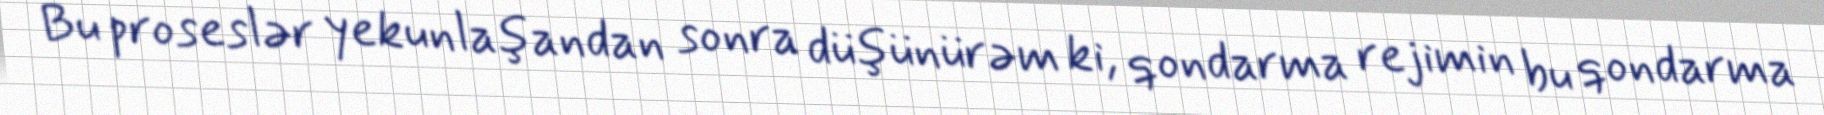
Bu proseslər yekunlaşandan sonra düşünürəm ki, qondarma rejimin bu qondarma